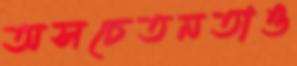
অসচেতনতাও